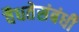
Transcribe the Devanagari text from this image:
वैधतेसंबंधी